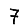
Digit: 7